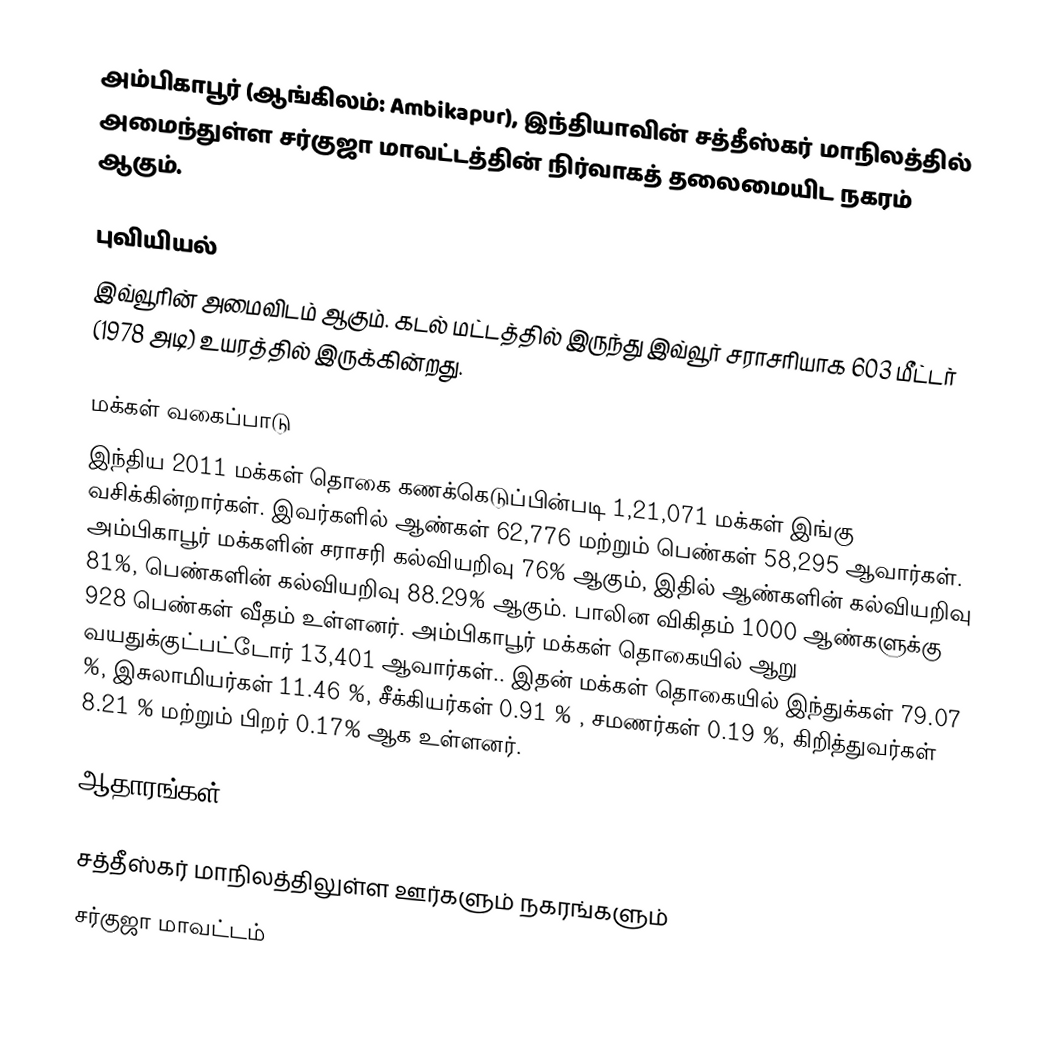
அம்பிகாபூர் (ஆங்கிலம்: Ambikapur), இந்தியாவின் சத்தீஸ்கர் மாநிலத்தில் அமைந்துள்ள சர்குஜா மாவட்டத்தின் நிர்வாகத் தலைமையிட நகரம் ஆகும்.

புவியியல்
இவ்வூரின் அமைவிடம்  ஆகும். கடல் மட்டத்தில் இருந்து இவ்வூர் சராசரியாக 603 மீட்டர் (1978 அடி) உயரத்தில் இருக்கின்றது.

மக்கள் வகைப்பாடு
இந்திய 2011 மக்கள் தொகை கணக்கெடுப்பின்படி 1,21,071 மக்கள் இங்கு வசிக்கின்றார்கள். இவர்களில்  ஆண்கள் 62,776 மற்றும் பெண்கள் 58,295 ஆவார்கள். அம்பிகாபூர் மக்களின் சராசரி கல்வியறிவு 76% ஆகும்,  இதில் ஆண்களின் கல்வியறிவு 81%,  பெண்களின் கல்வியறிவு 88.29% ஆகும். பாலின விகிதம் 1000 ஆண்களுக்கு 928 பெண்கள் வீதம் உள்ளனர்.  அம்பிகாபூர் மக்கள் தொகையில்   ஆறு வயதுக்குட்பட்டோர்  13,401 ஆவார்கள்.. இதன் மக்கள் தொகையில் இந்துக்கள் 79.07 %, இசுலாமியர்கள் 11.46 %, சீக்கியர்கள் 0.91 % ,  சமணர்கள் 0.19 %, கிறித்துவர்கள் 8.21 % மற்றும் பிறர்  0.17% ஆக உள்ளனர்.

ஆதாரங்கள்

சத்தீஸ்கர் மாநிலத்திலுள்ள ஊர்களும் நகரங்களும்
சர்குஜா மாவட்டம்